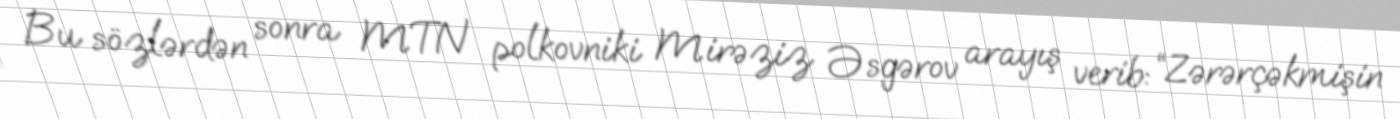
Bu sözlərdən sonra MTN polkovniki Mirəziz Əsgərov arayış verib: “Zərərçəkmişin